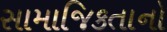
સામાજિકતાનો